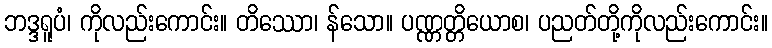
ဘဒ္ဒရူပံ၊ ကိုလည်းကောင်း။ တိဿော၊ န်သော။ ပဏ္ဏတ္တိယောစ၊ ပညတ်တို့ကိုလည်းကောင်း။